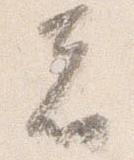
者